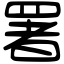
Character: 署